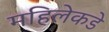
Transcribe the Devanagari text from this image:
महिलेकडे